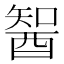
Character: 䣽